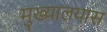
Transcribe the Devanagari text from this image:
मुख्यालयास